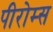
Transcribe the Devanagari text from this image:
पीरोम्स